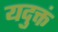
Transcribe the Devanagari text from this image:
यदुक्तं